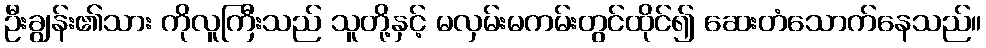
ဦးချွန်း၏သား ကိုလူကြီးသည် သူတို့နှင့် မလှမ်းမကမ်းတွင်ထိုင်၍ ဆေးတံသောက်နေသည်။